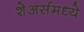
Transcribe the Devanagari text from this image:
शेअर्समध्ये